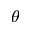
\theta